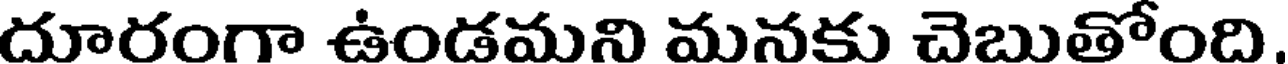
దూరంగా ఉండమని మనకు చెబుతోంది